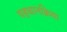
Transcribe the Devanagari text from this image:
पहचानक्रिया